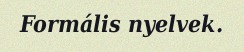
Formális nyelvek.